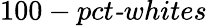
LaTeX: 100-\textit{pct-whites}